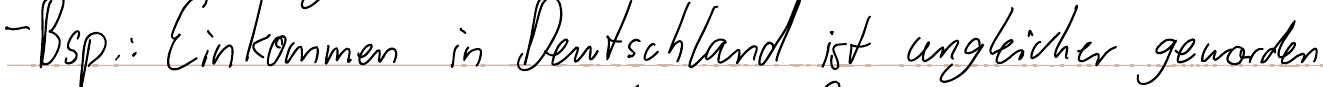
- Bsp.: Einkommen in Deutschland ist ungleicher geworden